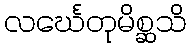
လင်္ဃေတုမိစ္ဆသိ